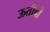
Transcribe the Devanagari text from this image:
ऊतीची